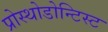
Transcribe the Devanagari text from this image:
प्रोस्थोडोन्टिस्ट